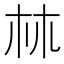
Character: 𣏟